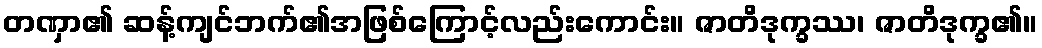
တဏှာ၏ ဆန့်ကျင်ဘက်၏အဖြစ်ကြောင့်လည်းကောင်း။ ဇာတိဒုက္ခဿ၊ ဇာတိဒုက္ခ၏။